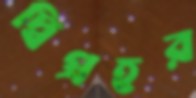
দ্বিপ্রহর